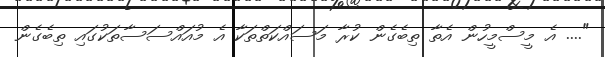
".... އެ މީސްމީހުން އެތާ ތިބެގެން ކުރާ މަސައްކަތްތަކާ އެ މުއައްސަސާތަކުގައި ތިބެގެން